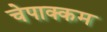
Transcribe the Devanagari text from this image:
चेपाक्कम